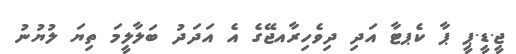
ޖީ.ޑީ.ޕީ ޕާ ކެޕޓާ އަދި ދިވެހިރާއޖޭގެ އެ އަދަދު ބަލާލީމަ ތިޔަ ލުޔުނު